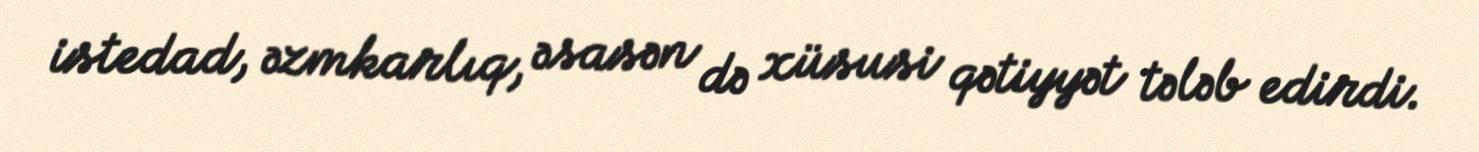
istedad, əzmkarlıq, əsasən də xüsusi qətiyyət tələb edirdi.